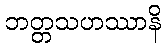
ဘတ္တသဟဿာနိ